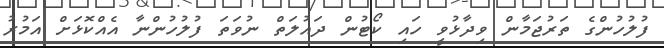
ފުލުހުންގެ ތަރުޖަމާން ވިދާޅުވީ ހައި ކޯޓުން ދައުލަތް ނުވަތަ ފުލުހުންނާ އެއްކޮޅަށް އަމުރު